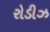
રોડીઝ